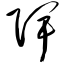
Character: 陴